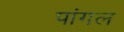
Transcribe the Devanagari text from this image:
पांगल